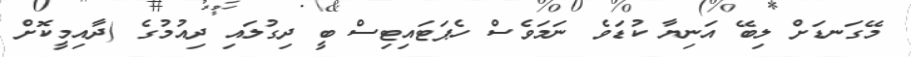
މޭގަނޑަށް ލިބޭ އަނިޔާ ކުޑަވެ ނަމަވެސް ހެޕަޓައިޓިސް ބީ ދިގުލައި ދިއުމުގެ (ދާއިމީކޮށް